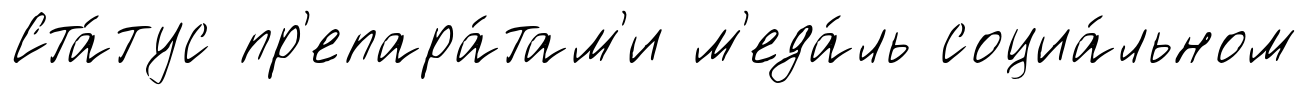
Ста́тус пр'епара́там'и м'еда́ль социа́льном